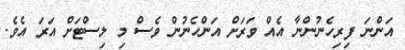
އަންނަ ފިރިހެނުންނާ އެއް ވަރަށް އަންހެނުން ވެސް މި ލިސްޓަށް އަރަ އެވެ.